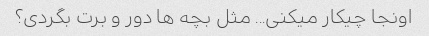
اونجا چیکار میکنی... مثل بچه ها دور و برت بگردی؟